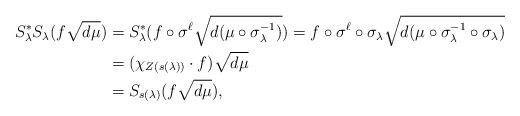
LaTeX: \begin{align*}S_\lambda^* S_\lambda(f\sqrt{d\mu}) &= S_\lambda^*( f\circ \sigma^\ell \sqrt{d(\mu \circ \sigma_\lambda^{-1})}) = f \circ \sigma^\ell \circ \sigma_\lambda \sqrt{d(\mu \circ \sigma_\lambda^{-1} \circ \sigma_\lambda)} \\&= (\chi_{Z(s(\lambda))} \cdot f) \sqrt{d\mu} \\&= S_{s(\lambda)} (f \sqrt{d\mu}),\end{align*}